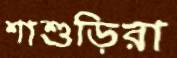
শাশুড়িরা